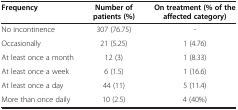
| Frequency | Number of patients (%) | On treatment (% of the affected category) |
 | --- | --- | --- |
 | No incontinence | 307 (76.75) | - |
 | Occasionally | 21 (5.25) | 1 (4.76) |
 | At least once a month | 12 (3) | 1 (8.33) |
 | At least once a week | 6 (1.5) | 1 (16.6) |
 | At least once a day | 44 (11) | 5 (11.4) |
 | More than once daily | 10 (2.5) | 4 (40%) |